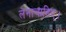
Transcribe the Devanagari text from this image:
लेनाचाहिए।